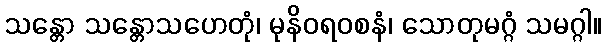
သန္တော သန္တောသဟေတုံ၊ မုနိဝရ၀စနံ၊ သောတုမဂ္ဂံ သမဂ္ဂါ။